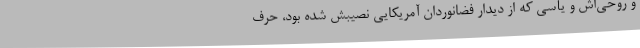
و روحی‌اش و یأسی که از دیدار فضانوردان آمریکایی نصیبش شده بود، حرف